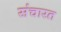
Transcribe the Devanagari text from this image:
संचारत